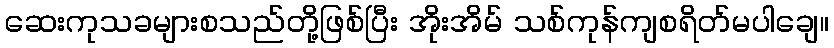
ဆေးကုသခများစသည်တို့ဖြစ်ပြီး အိုးအိမ် သစ်ကုန်ကျစရိတ်မပါချေ။